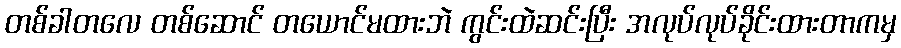
တစ်ခါတလေ တစ်ဆောင် တယောင်မထားဘဲ ကွင်းထဲဆင်းပြီး အလုပ်လုပ်ခိုင်းထားတာကမှ